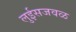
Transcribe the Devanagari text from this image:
लुईसजवळ